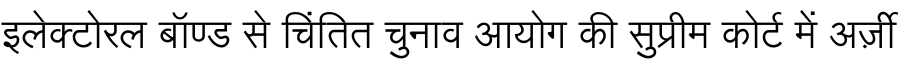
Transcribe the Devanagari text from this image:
इलेक्टोरल बॉण्ड से चिंतित चुनाव आयोग की सुप्रीम कोर्ट में अर्ज़ी